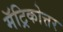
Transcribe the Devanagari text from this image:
मॅट्रिकोत्तर